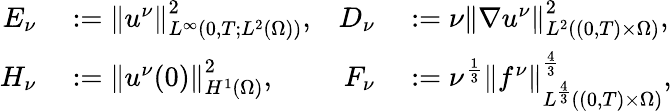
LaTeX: \begin{array}{rlrl}{E_{\nu}}&{{}:=\left\lVert u^{\nu}\right\rVert_{L^{\infty}(0,T;L^{2}(\Omega))}^{2},}&{D_{\nu}}&{{}:=\nu\left\lVert\nabla u^{\nu}\right\rVert_{L^{2}((0,T)\times\Omega)}^{2},}\\ {H_{\nu}}&{{}:=\left\lVert u^{\nu}(0)\right\rVert_{H^{1}(\Omega)}^{2},}&{F_{\nu}}&{{}:=\nu^{\frac 13}\left\lVert f^{\nu}\right\rVert_{L^{\frac 43}((0,T)\times\Omega)}^{\frac 43},}\end{array}